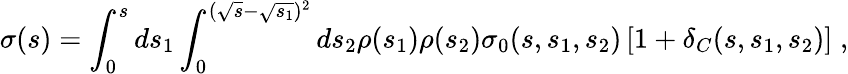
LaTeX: \sigma(s)=\int_{0}^{s}ds_{1}\int_{0}^{(\sqrt{s}-\sqrt{s_{1}})^{2}}ds_{2}\rho(s_{1})\rho(s_{2})\sigma_{0}(s,s_{1},s_{2})\left[1+\delta_{C}(s,s_{1},s_{2})\right]\; ,